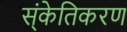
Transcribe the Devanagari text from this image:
स्ंकेतिकरण